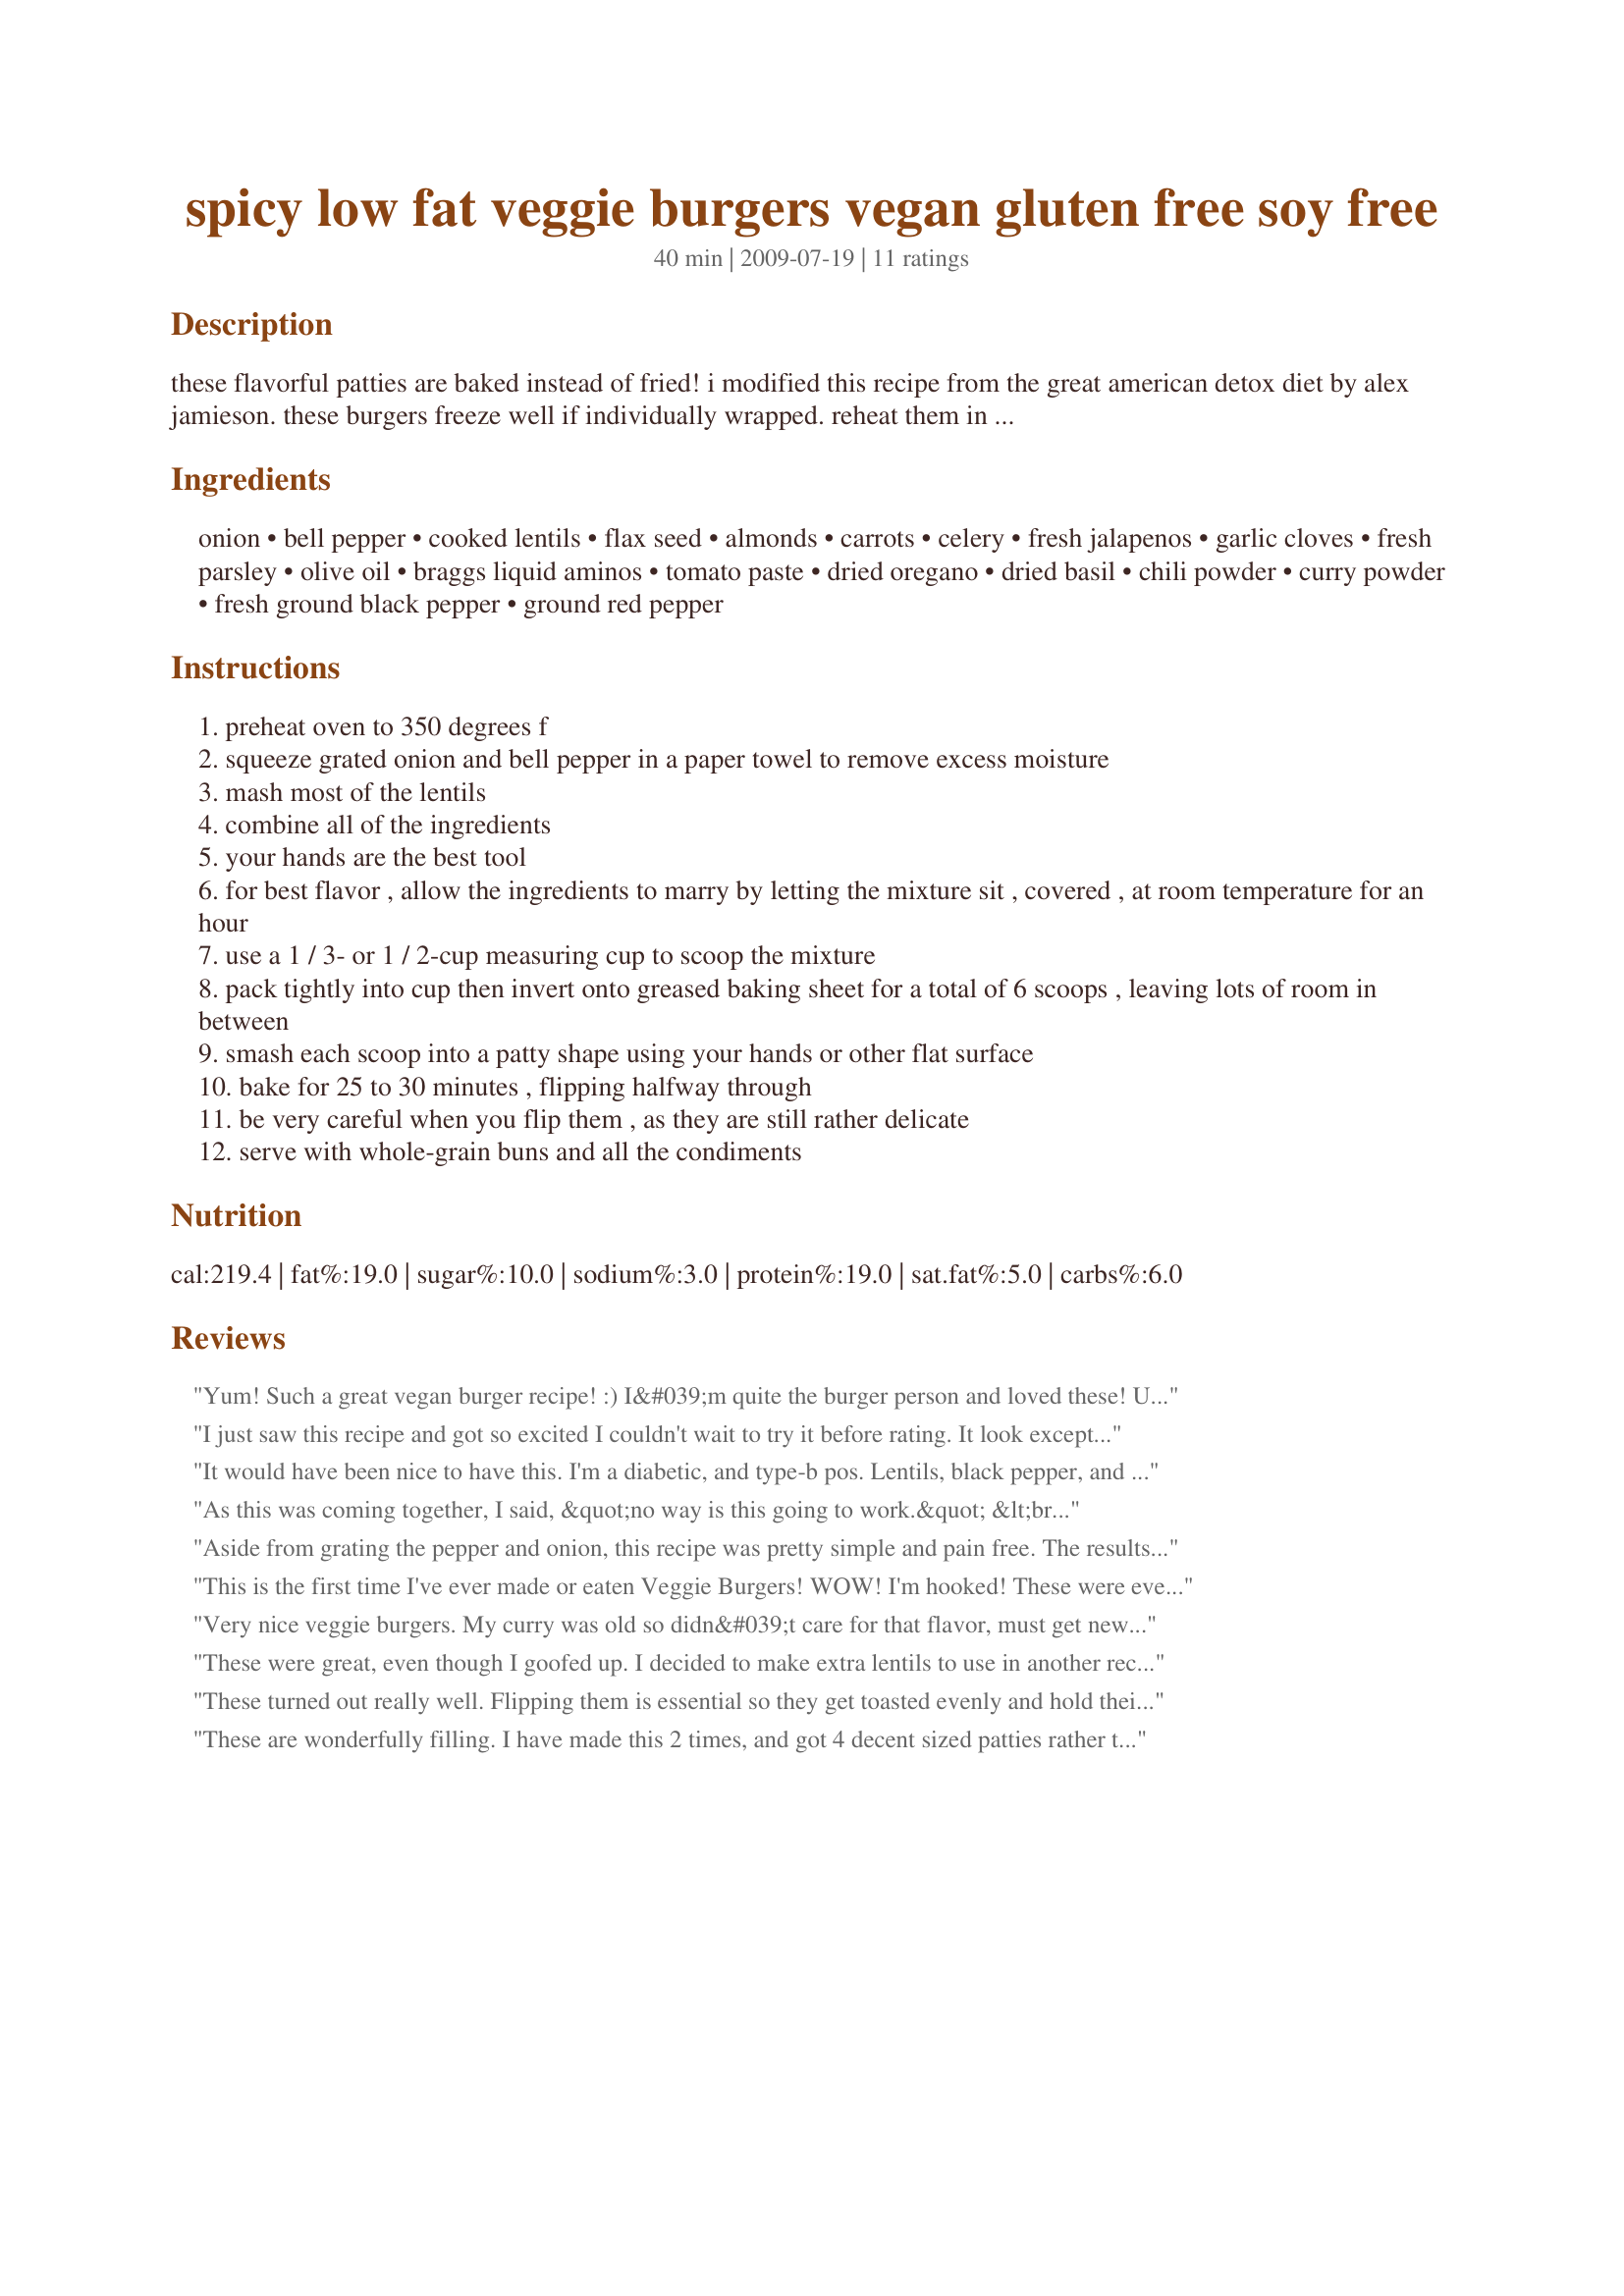
spicy low fat veggie burgers vegan gluten free soy free
Preparation time: 40 minutes

these flavorful patties are baked instead of fried! i modified this recipe from the great american detox diet by alex jamieson. these burgers freeze well if individually wrapped. reheat them in the microwave or oven or on the grill.

Ingredients:
onion, bell pepper, cooked lentils, flax seed, almonds, carrots, celery, fresh jalapenos, garlic cloves, fresh parsley, olive oil, braggs liquid aminos, tomato paste, dried oregano, dried basil, chili powder, curry powder, fresh ground black pepper, ground red pepper

Steps:
preheat oven to 350 degrees f
squeeze grated onion and bell pepper in a paper towel to remove excess moisture
mash most of the lentils
combine all of the ingredients
your hands are the best tool
for best flavor , allow the ingredients to marry by letting the mixture sit , covered , at room temperature for an hour
use a 1 / 3- or 1 / 2-cup measuring cup to scoop the mixture
pack tightly into cup then invert onto greased baking sheet for a total of 6 scoops , leaving lots of room in between
smash each scoop into a patty shape using your hands or other flat surface
bake for 25 to 30 minutes , flipping halfway through
be very careful when you flip them , as they are still rather delicate
serve with whole-grain buns and all the condiments

Reviews:
Yum! Such a great vegan burger recipe! :) I&#039;m quite the burger person and loved these! Used chilisauce and bbqsauce instead of the ketchup though and smoked paprika instead of the basil for a smokier bbw burger!
I just saw this recipe and got so excited I couldn't wait to try it before rating. It look exceptionally good! It never occurred to me that one could make veggie burgers at home. I won't be buying them at the grocery again. Thank you very much for sharing.
It would have been nice to have this. I'm a diabetic, and type-b pos. Lentils, black pepper, and tomatoes, are not recommended for type-b pos blood types or people with a family history of kidney disease. I hope to be able to find a substitute. http://healthyeating.sfgate.com/types-foods-avoid-b-positive-blood-type-9805.html
As this was coming together, I said, &quot;no way is this going to work.&quot; &lt;br/&gt;Having been vegetarian for over 20 years, I&#039;ve tried MANY veggie burger recipes, and it just didn&#039;t look like anything that was going to form a burger. HOWEVER-I used black beans instead of the lentils, and they wouldn&#039;t &quot;mush&quot; up. I tossed the whole mix for a whirl through the food processor, adding a couple of tablespoons of water and voila! My second concern was the seasonings. Curry powder in a burger?? But-the first time I make any recipe, I try to stick to the author&#039;s original ingredients...and guess what. They&#039;re perfect. This recipe gets 5 stars and is going in my favorites.
Aside from grating the pepper and onion, this recipe was pretty simple and pain free. The results: AMmmmmmAZING. :) I used black beans, almonds for the nuts... and skipped the parsley. Mm mm mmmm m m m m...!
This is the first time I've ever made or eaten Veggie Burgers! WOW! I'm hooked! These were every thing I had hoped they would be. I will deninately be making these again. Thank you for posting Prose. Made for Veggie Swap 20, March 2010.
Very nice veggie burgers. My curry was old so didn&#039;t care for that flavor, must get new for next time. Served in a bun with roasted potatoes.
These were great, even though I goofed up. I decided to make extra lentils to use in another recipe, but my Mom called and I accidentally added ALL the lentils. I didn't measure them in the first place, lol, so I have no idea how much I used, but it was a LOT. So, I didn't have enough nuts to make the recipe as written. I added some Italian style breadcrumbs instead. I added extra tomato paste and extra soy sauce. I didn't have carrots (I thought i did) so I threw in a cup of mixed veggies (including carrots) instead. I've never made lentils before and I think I overcooked them because they were mushy, but i saw later in the recipe it said to mush them up, so I figured it was OK. I tasted some of the mixture before I made them into burgers, and didn't like it, but I was pleasantly surprised after they were finished. They turned out really good. I only did up 3 burgers, and as an experiment I put some of the mixture in the no stick frying pan to see if it would simulate ground beef...and it did! I have a ton of the mixture left over, so I'm going to make more burgers, and also do some up as ground beef and freeze it. I want to try it with a box of Hamburger Helper.<br/>I will definitely try this recipe again in the future...and I'll make sure I have the right ingredients next time.<br/>Oh, the dogs were begging the entire time these were cooking, so I gave them some...they LOVED it. Thanks for sharing.
These turned out really well. Flipping them is essential so they get toasted evenly and hold their shape better. Because I like spice, next time I'm going to add more of the listed spices or add some garlic powder and cayenne, I can imagine being creative with the seasonings for these. Thanks for posting!
These are wonderfully filling. I have made this 2 times, and got 4 decent sized patties rather than 6 - so assuming the proper recipe makes pretty small patties. I don't like green pepper, so upped the amounts of celery and carrots to compensate. Used a mixture of limas, black beans and chickpeas in place of the lentils. Cut back a tad on the hot pepper and didn't use the soy sauce or tomato just didn't feel like pulling anything more out. Very versitle and yummy, thanks.
These are awesome! And the recipe was flexible enough to succeed even though I fiddled a little based on what was in the cupboard... I used black beans, cashews, and skipped the jalapeno and ground red pepper. In hindsight, I should have upped the chili powder a little to compensate, but I am a bit of a spice wimp... Rather than getting my grater out, I plugged in the food processor and just threw everything in all at once. Worked perfectly! I made them on my indoor grill and they held together very nicely. Once this batch disappears, I'm going to make another to keephandy in the freezer!
